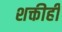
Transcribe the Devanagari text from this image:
शक्तीही